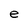
Character: e